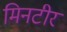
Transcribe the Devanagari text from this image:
मिनटीर